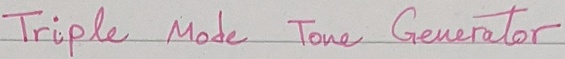
Text: Triple Mode Tone Generator